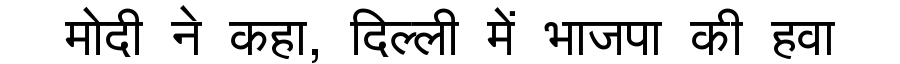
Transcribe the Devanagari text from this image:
मोदी ने कहा, दिल्ली में भाजपा की हवा